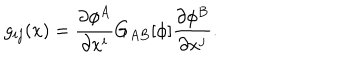
g _ { i j } ( x ) = \frac { \partial \phi ^ { A } } { \partial x ^ { i } } G _ { A B } [ \phi ] \frac { \partial \phi ^ { B } } { \partial x ^ { j } } .